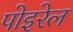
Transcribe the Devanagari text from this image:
पोइरेल